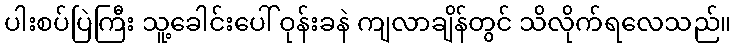
ပါးစပ်ပြဲကြီး သူ့ခေါင်းပေါ် ဝုန်းခနဲ ကျလာချိန်တွင် သိလိုက်ရလေသည်။